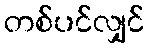
တစ်ပင်လျှင်